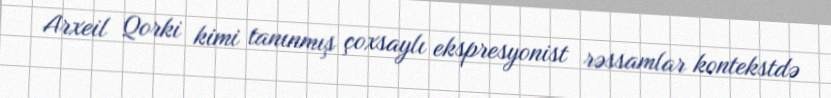
Arxeil Qorki kimi tanınmış çoxsaylı ekspresyonist rəssamlar kontekstdə